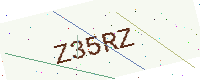
Text: Z35RZ